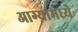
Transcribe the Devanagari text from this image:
आग्र्यामध्ये